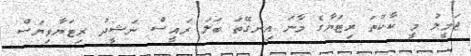
ޖަމީލު މީ ކާކުތަ ރިޓަޔާގެ މާނަ އިނގޭތަ ބަލަ ރައީސް ނަޝީދު ރިޓަޔާވިޔަސް